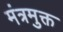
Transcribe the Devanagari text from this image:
मंत्रमुक्त